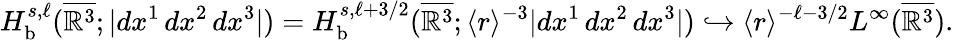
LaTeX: H_{\mathrm{b}}^{s,\ell}(\overline{{\mathbb{R}^{3}}};|dx^{1}\, dx^{2}\, dx^{3}|)=H_{\mathrm{b}}^{s,\ell+3/2}(\overline{{\mathbb{R}^{3}}};\langle r\rangle^{-3}|dx^{1}\, dx^{2}\, dx^{3}|)\hookrightarrow\langle r\rangle^{-\ell-3/2}L^{\infty}(\overline{{\mathbb{R}^{3}}}).